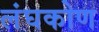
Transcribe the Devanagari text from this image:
लंघकोण